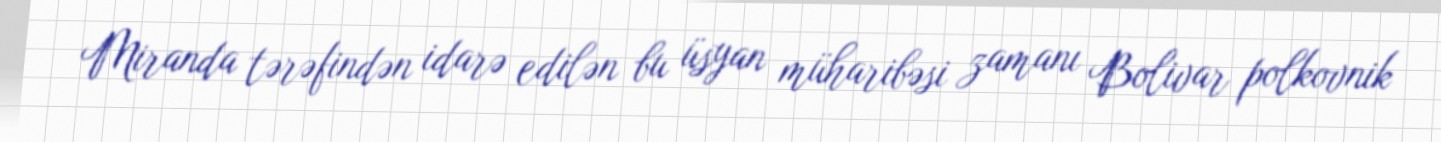
Miranda tərəfindən idarə edilən bu üsyan müharibəsi zamanı Bolivar polkovnik